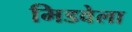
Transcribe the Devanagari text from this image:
मिडवेला